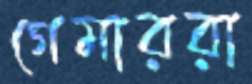
গেমাররা